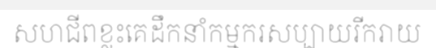
សហជីពខ្លះគេដឹកនាំកម្មករសប្បាយរីករាយ